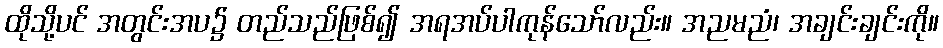
ထိုသို့ပင် အတွင်းအပ၌ တည်သည်ဖြစ်၍ အရအပ်ပါကုန်သော်လည်း။ အညမညံ၊ အချင်းချင်းကို။